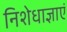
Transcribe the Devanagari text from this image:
निशेधाज्ञाएं